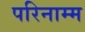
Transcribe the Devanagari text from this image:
परिनाम्म